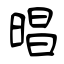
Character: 晿